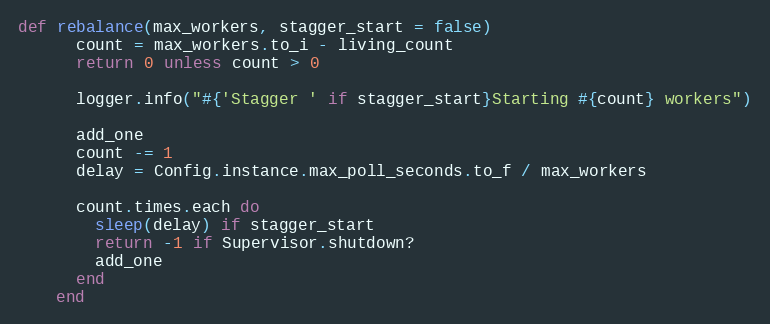
Language: Ruby
def rebalance(max_workers, stagger_start = false)
      count = max_workers.to_i - living_count
      return 0 unless count > 0

      logger.info("#{'Stagger ' if stagger_start}Starting #{count} workers")

      add_one
      count -= 1
      delay = Config.instance.max_poll_seconds.to_f / max_workers

      count.times.each do
        sleep(delay) if stagger_start
        return -1 if Supervisor.shutdown?
        add_one
      end
    end